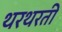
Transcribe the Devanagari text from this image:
थरथरती